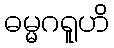
ဓမ္မဂရူဟိ